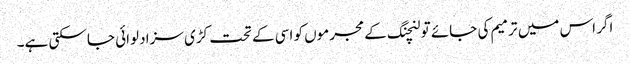
اگر اس میں ترمیم کی جائے تو لنچنگ کے مجرموں کو اسی کے تحت کڑی سزا دلوائی جا سکتی ہے۔